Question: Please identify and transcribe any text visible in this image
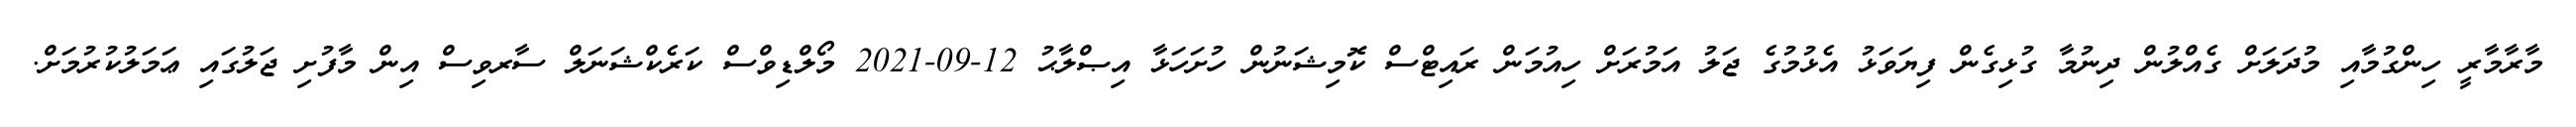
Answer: މާރާމާރީ ހިންގުމާއި މުދަލަށް ގެއްލުން ދިނުމާ ގުޅިގެން ފިޔަވަޅު އެޅުމުގެ ޖަލު އަމުރަށް ހިއުމަން ރައިޓްސް ކޮމިޝަނުން ހުށަހަޅާ އިޞްލާޙު 12-09-2021 މޯލްޑިވްސް ކަރެކްޝަނަލް ސާރވިސް އިން މާފުށި ޖަލުގައި ޢަމަލުކުރުމަށް.